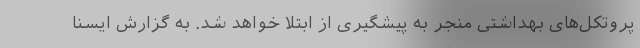
پروتکل‌های بهداشتی منجر به پیشگیری از ابتلا خواهد شد. به گزارش ایسنا